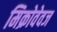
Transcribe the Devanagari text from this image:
मिक्रोवेवज